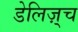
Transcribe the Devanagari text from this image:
डेलिज़्च